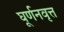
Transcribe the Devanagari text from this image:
घूर्णनवृत्त